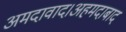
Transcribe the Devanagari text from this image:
अमदावाद।अहमदाबाद